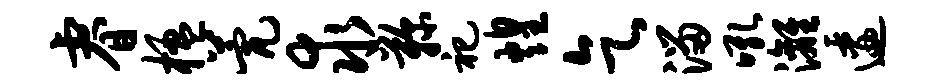
睿楹甍求鞠祀煌乞溜吼漓逶